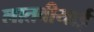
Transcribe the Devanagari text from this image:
लातवीयाई